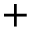
+